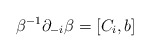
\begin{align*}\beta^{-1} \partial_{-i} \beta = [C_i, b] \end{align*}